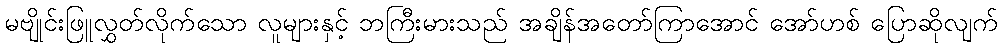
မဗျိုင်းဖြူလွှတ်လိုက်သော လူများနှင့် ဘကြီးမားသည် အချိန်အတော်ကြာအောင် အော်ဟစ် ပြောဆိုလျက်